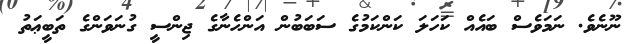
ނޫނެވެ. ނަމަވެސް ބައެއް ކަހަލަ ކަންކަމުގެ ސަބަބުން އަންހެނާގެ ޖިންސީ ގުނަވަންގެ ތަބީޢަތު